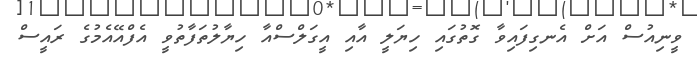
ވީނިއުސް އަށް އެނގިފައިވާ ގޮތުގައި ހިޔަލީ އާއި އީގަލްސްއާ ހިޔާލުތަފާތުވީ އެފްއޭއެމުގެ ރައީސް